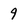
Character: 9